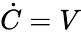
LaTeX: \dot{C}=V